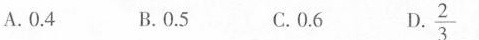
A.0.4 B.0.5 C.0.6 D. \frac{2}{3}